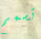
تسمم